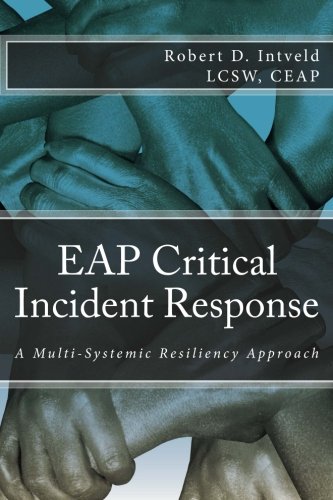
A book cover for EAP Critical Incident Response: A Multi-Systemic Resiliency Approach; LCSW, CEAP, Robert D. Intveld; Health, Fitness & Dieting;